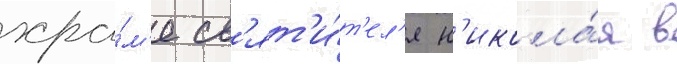
хра́м'е св'ят'и́т'ел'я н'икола́я в